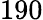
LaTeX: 190